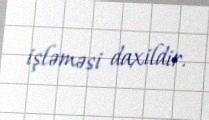
işləməsi daxildir.